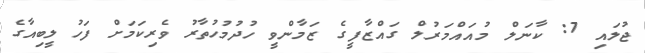
ޖުލައި 7: ކާނަލް މުއައްމަރުލް ގައްޒާފީގެ ޒަމާންވީ ހުދުމުހުތާރު ވެރިކަމަށް ފަހު ލީބިއާގެ